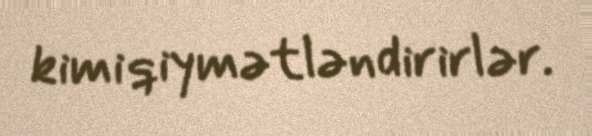
kimi qiymətləndirirlər.